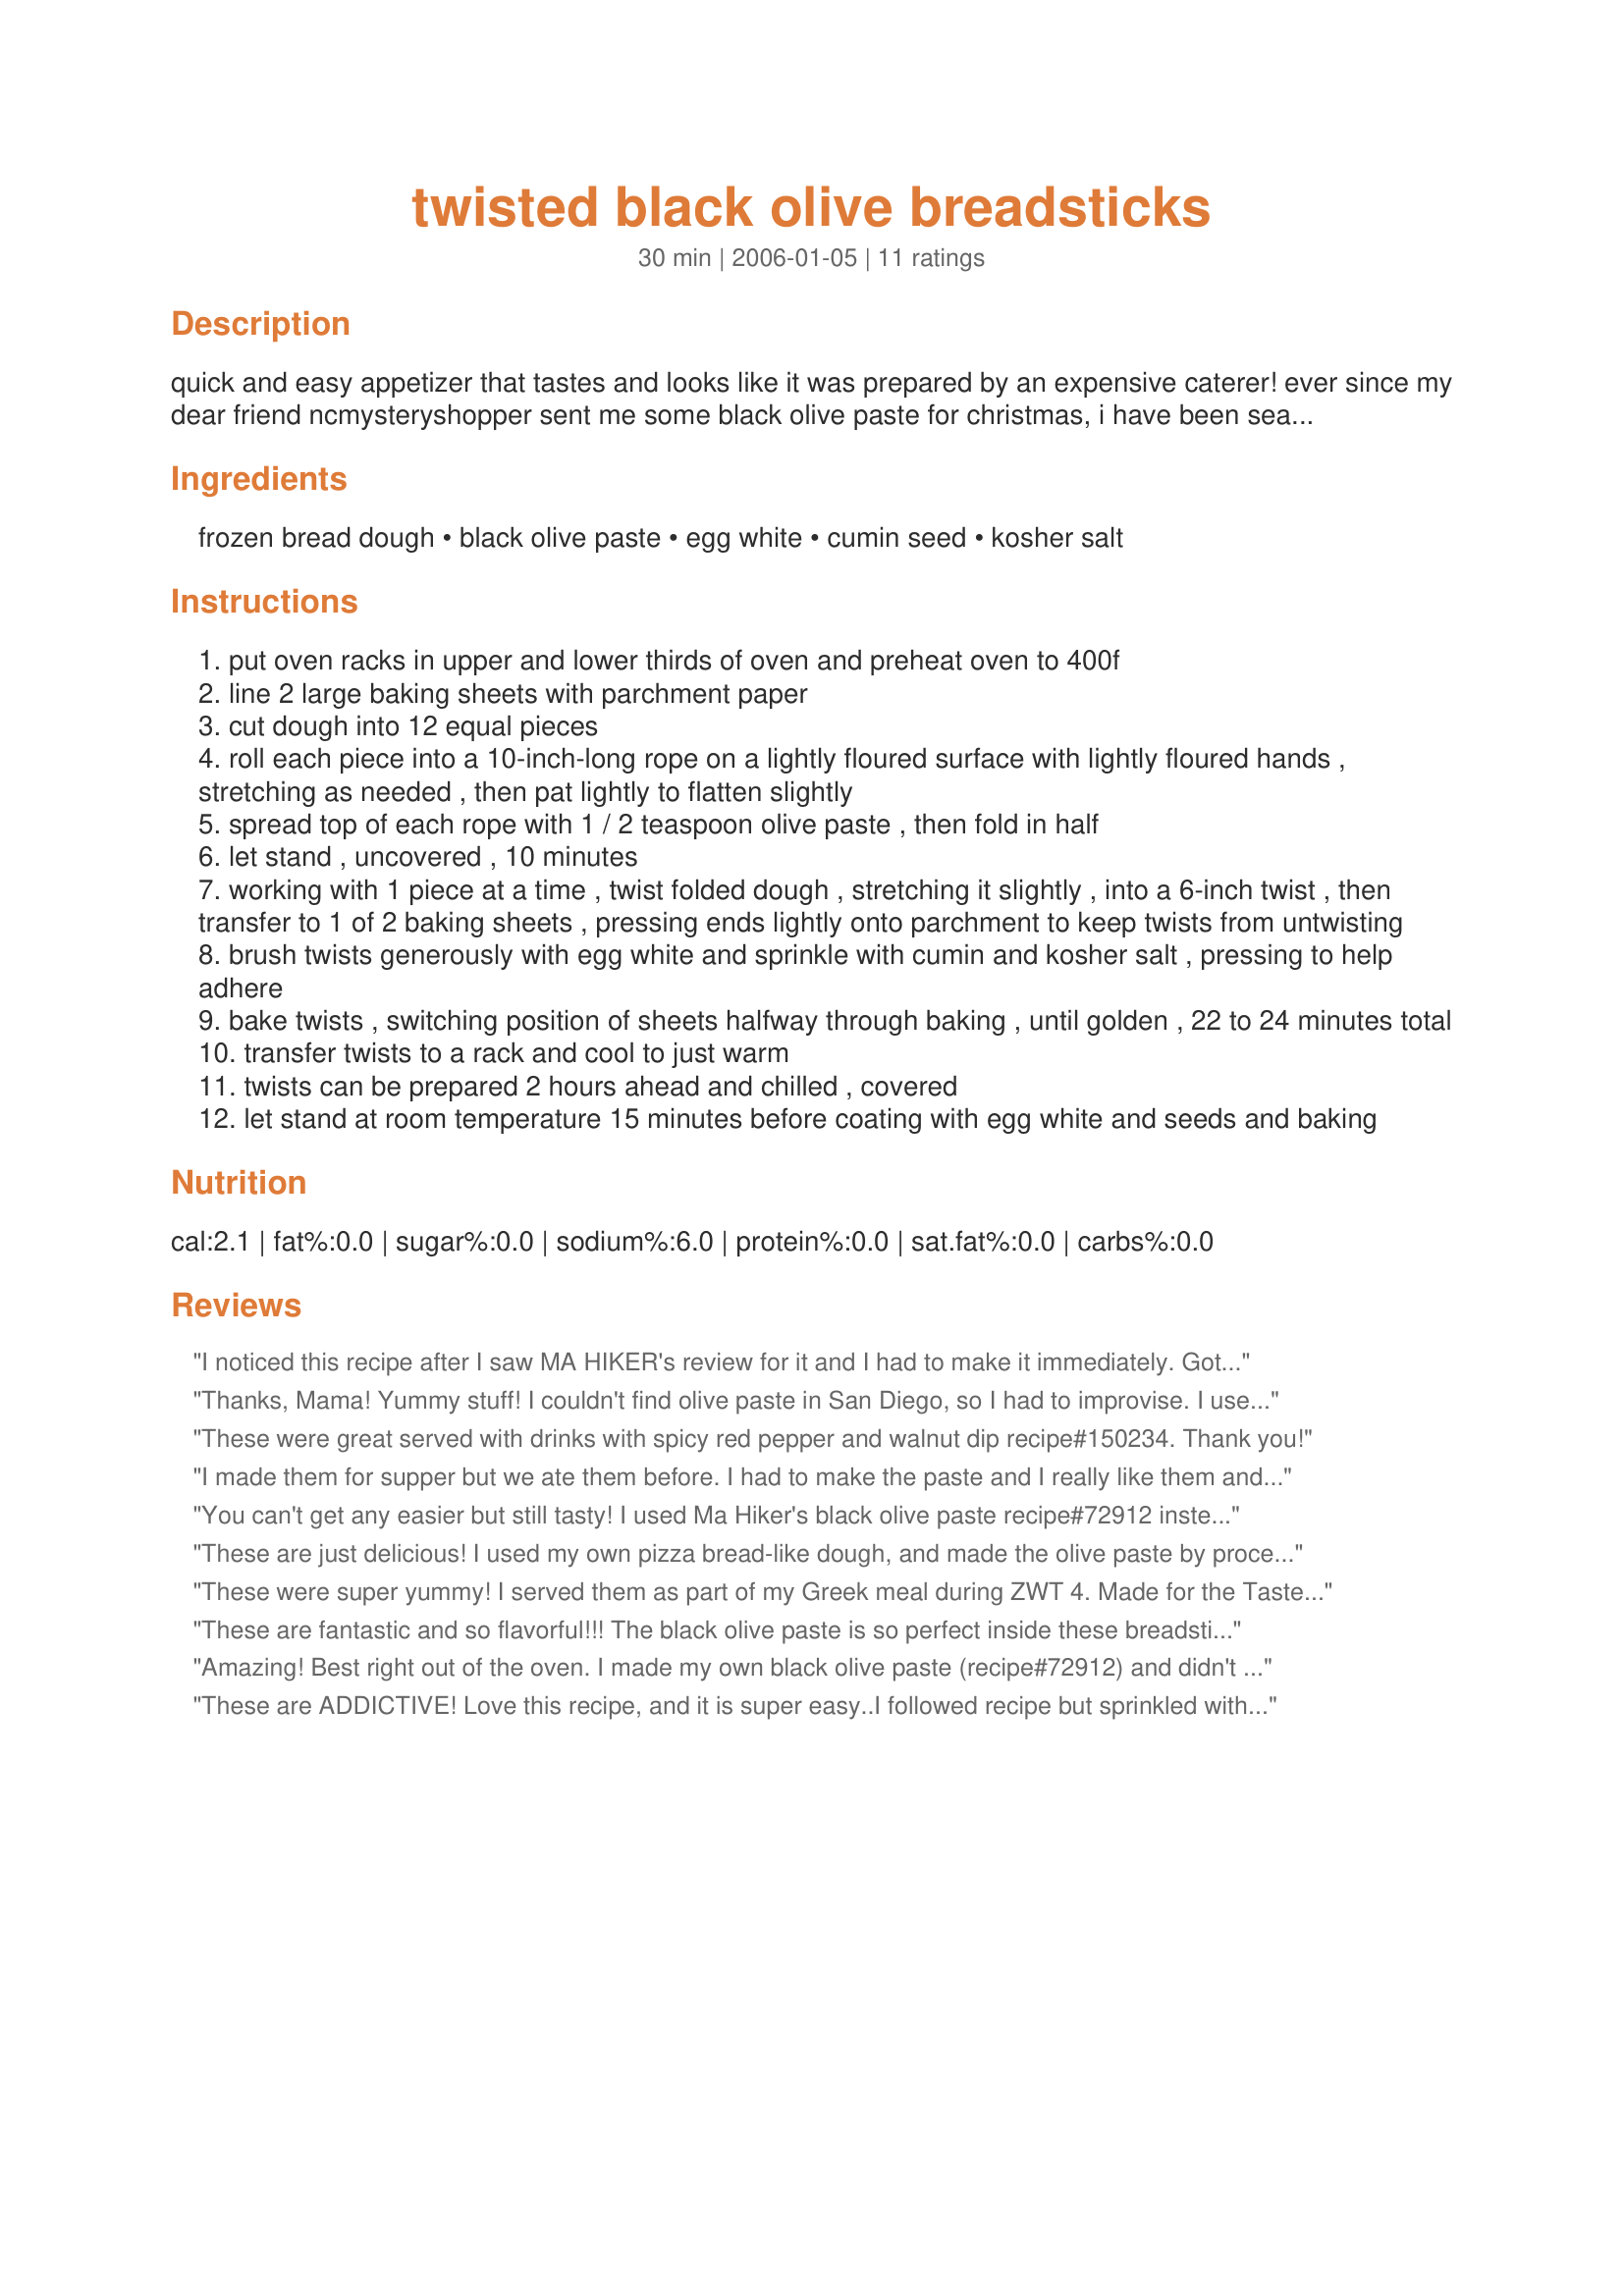
twisted black olive breadsticks
Preparation time: 30 minutes

quick and easy appetizer that tastes and looks like it was prepared by an expensive caterer! ever since my dear friend ncmysteryshopper sent me some black olive paste for christmas, i have been searching for just the right recipe to try it out! viola! revised from a recipe found on epicurious.com.

Ingredients:
frozen bread dough, black olive paste, egg white, cumin seed, kosher salt

Steps:
put oven racks in upper and lower thirds of oven and preheat oven to 400f
line 2 large baking sheets with parchment paper
cut dough into 12 equal pieces
roll each piece into a 10-inch-long rope on a lightly floured surface with lightly floured hands , stretching as needed , then pat lightly to flatten slightly
spread top of each rope with 1 / 2 teaspoon olive paste , then fold in half
let stand , uncovered , 10 minutes
working with 1 piece at a time , twist folded dough , stretching it slightly , into a 6-inch twist , then transfer to 1 of 2 baking sheets , pressing ends lightly onto parchment to keep twists from untwisting
brush twists generously with egg white and sprinkle with cumin and kosher salt , pressing to help adhere
bake twists , switching position of sheets halfway through baking , until golden , 22 to 24 minutes total
transfer twists to a rack and cool to just warm
twists can be prepared 2 hours ahead and chilled , covered
let stand at room temperature 15 minutes before coating with egg white and seeds and baking

Reviews:
I noticed this recipe after I saw MA HIKER's review for it and I had to make it immediately. Got some bread dough from the bakery (we still have them on every corner in Greece) and brought out one of the 4(!) jars of olive spread I have in the fridge. So quick to make and delicious. Served alongside paella.
Thanks, Mama! Yummy stuff! I couldn't find olive paste in San Diego, so I had to improvise. I used PESTO paste and subbed the cumin seeds for parmesan, to go with the pesto.
It was just wonderful this way. I would be careful with the kosher salt, because they were a bit salty (I love that, but not everyone does!). 
I couldn't get mine to twist, so I braided them (see photo) and I thought that was even better!
I'll be making variations of this for YEARS!
These were great served with drinks with spicy red pepper and walnut dip recipe#150234. Thank you!
I made them for supper but we ate them before. I had to make the paste and I really like them and will make them again. I covered them with sesame seeds.
You can't get any easier but still tasty! I used Ma Hiker's black olive paste recipe#72912 instead of store-bought. I loved the extra zip the cumin seed added, I toasted them in a dry pan before using. I liked Tia Mouse's suggestion of trying this with pesto, I am a basil-holic. These would be so good dipped in a marinara sauce. Thanks for a keeper, Mama!
Made for ZWT5, Hell's Kitchen Angels team.
These are just delicious! I used my own pizza bread-like dough, and made the olive paste by processing olives and olive oil in the processor with black pepper and salt and fresh garlic, and omitted the salt for the tops. I'll be serving them tonight with Greek-Style Spaghetti #138451) Great bread stick recipe mama! thanks, Kitten:)
These were super yummy! I served them as part of my Greek meal during ZWT 4. Made for the Tastebud Tickling Travellers.
These are fantastic and so flavorful!!! The black olive paste is so perfect inside these breadsticks. I used refrigerated breadsticks and just followed the directions... They were short... but oh so good!!! thanks mama!
Amazing! Best right out of the oven. I made my own black olive paste (recipe#72912) and didn't have cumin seeds so used powdered - not as pretty but gave it the same flavor.
These are ADDICTIVE!
Love this recipe, and it is super easy..I followed recipe but sprinkled with Sea Salt instead of kosher..Wonderful recipe mama's kitchen!
Made for holiday P-A-R-T-Y tag game
These are terrific! I had dough rising for hambuger buns so used it instead of the frozen. We ate a few warm yesterday and the rest today with lunch. We loved the flavors, everything really worked together. Thanks for sharing a recipe I will use again and again.
